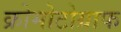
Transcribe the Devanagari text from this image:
क्रोमोटोग्राफ